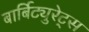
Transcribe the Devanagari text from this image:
बार्बिट्युरेट्स